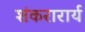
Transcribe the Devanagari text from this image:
शंकरारार्य